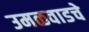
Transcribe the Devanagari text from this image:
उमळवाडचे